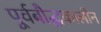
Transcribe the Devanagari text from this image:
पूर्वबौद्धकालीन